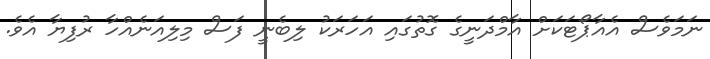
ނަމަވެސް އެއާޕޯޓަކަށް އާމްދަނީގެ ގޮތުގައި އަހަރަކު ލިބެނީ ފަސް މިލިއަނެއްހާ ރުފިޔާ އެވެ.